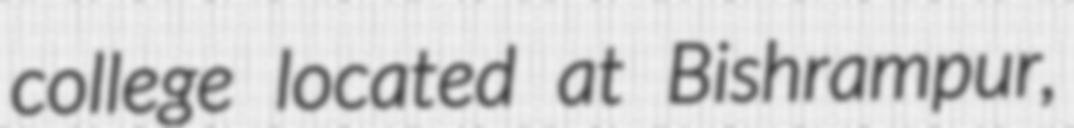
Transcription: college located at Bishrampur,